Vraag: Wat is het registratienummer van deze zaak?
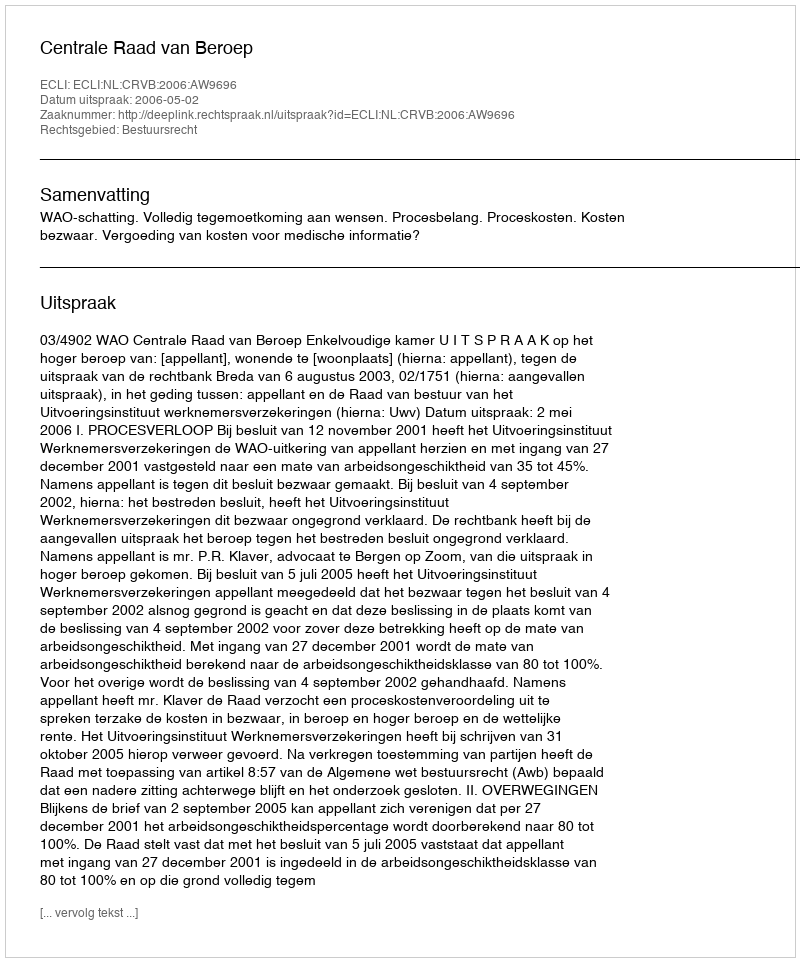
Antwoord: http://deeplink.rechtspraak.nl/uitspraak?id=ECLI:NL:CRVB:2006:AW9696